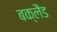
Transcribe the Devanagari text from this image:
बक्लैंड